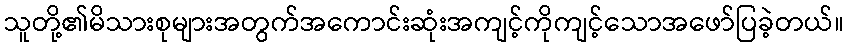
သူတို့၏မိသားစုများအတွက်အကောင်းဆုံးအကျင့်ကိုကျင့်သောအဖော်ပြခဲ့တယ်။